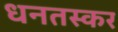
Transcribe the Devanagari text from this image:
धनतस्कर